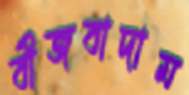
বীজবাদাম